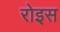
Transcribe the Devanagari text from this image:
रोइस